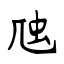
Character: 虺